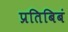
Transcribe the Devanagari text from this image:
प्रतिबिबं